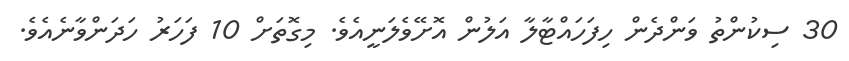
30 ސިކުންތު ވަންދެން ހިފަހައްޓާލާ އަލުން އޮށޭވެލަނީއެވެ. މިގޮތަށް 10 ފަހަރު ހަދަންވާނެއެވެ.